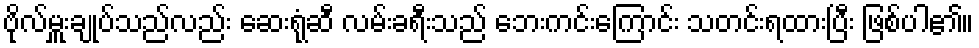
ဗိုလ်မှူးချုပ်သည်လည်း ဆေးရုံဆီ လမ်းခရီးသည် ဘေးကင်းကြောင်း သတင်းရထားပြီး ဖြစ်ပါ၏။